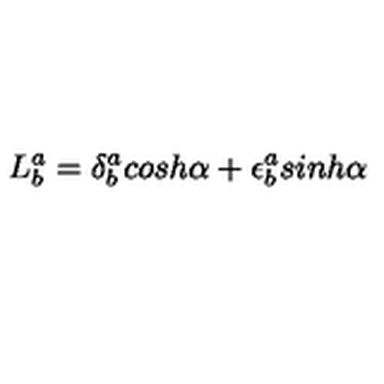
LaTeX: L _ { b } ^ { a } = \delta _ { b } ^ { a } c o s h \alpha + \epsilon _ { b } ^ { a } s i n h \alpha